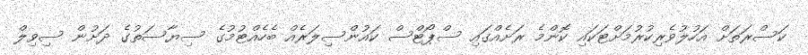
ކަސްރަތަށް އަހުލުވެރިކުރުމަށްޓަކައި ކޮންމެ ރަށެއްގައި ސްޕޯޓްސް ކައުންސިލަރެއް ބެހެއްޓުމުގެ ސިޔާސަތުގެ ދަށުން ސިވިލް